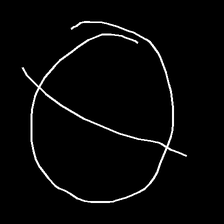
Glyph: orb